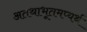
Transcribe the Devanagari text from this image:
अतथाभूतमप्यर्थ